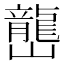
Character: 𡾩